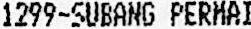
1299-SUBANG PERMAI